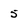
Character: 5